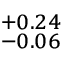
^ { + 0 . 2 4 } _ { - 0 . 0 6 }